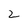
Character: 2